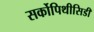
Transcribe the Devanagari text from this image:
सर्कोपिथीसिडी